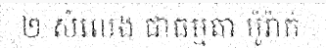
២ សំលេង ជាធម្មតា ម៉ូរ៉ាក់